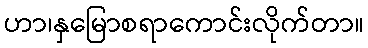
ဟာ၊နှမြောစရာကောင်းလိုက်တာ။